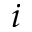
i